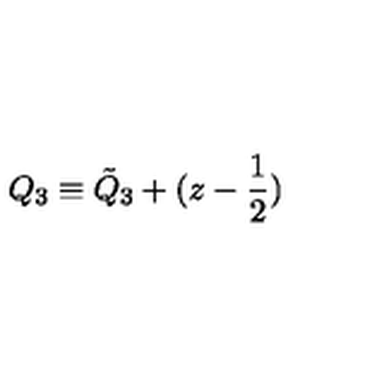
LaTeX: Q _ { 3 } \equiv { \tilde { Q } } _ { 3 } + ( z - { \frac { 1 } { 2 } } )